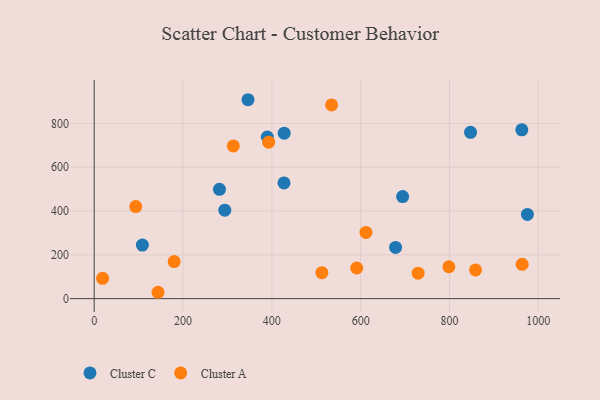
{"axis": {"x": "Speed", "y": "Yield"}, "legend": ["Cluster A", "Cluster C"], "data": [{"x": "427.4", "y": 528.1, "type": "Cluster C"}, {"x": "108.5", "y": 244.4, "type": "Cluster C"}, {"x": "847.5", "y": 759.4, "type": "Cluster C"}, {"x": "389.9", "y": 737.8, "type": "Cluster C"}, {"x": "346.4", "y": 908.0, "type": "Cluster C"}, {"x": "975.5", "y": 384.6, "type": "Cluster C"}, {"x": "282.1", "y": 499.1, "type": "Cluster C"}, {"x": "694.6", "y": 465.7, "type": "Cluster C"}, {"x": "294.1", "y": 403.9, "type": "Cluster C"}, {"x": "963.0", "y": 770.6, "type": "Cluster C"}, {"x": "427.8", "y": 755.4, "type": "Cluster C"}, {"x": "678.7", "y": 233.8, "type": "Cluster C"}, {"x": "313.3", "y": 696.9, "type": "Cluster A"}, {"x": "143.8", "y": 29.0, "type": "Cluster A"}, {"x": "612.0", "y": 302.0, "type": "Cluster A"}, {"x": "858.8", "y": 131.0, "type": "Cluster A"}, {"x": "19.0", "y": 92.7, "type": "Cluster A"}, {"x": "392.8", "y": 714.4, "type": "Cluster A"}, {"x": "534.6", "y": 884.2, "type": "Cluster A"}, {"x": "729.5", "y": 116.3, "type": "Cluster A"}, {"x": "512.7", "y": 118.6, "type": "Cluster A"}, {"x": "798.7", "y": 145.6, "type": "Cluster A"}, {"x": "963.8", "y": 156.4, "type": "Cluster A"}, {"x": "180.1", "y": 169.0, "type": "Cluster A"}, {"x": "93.6", "y": 420.0, "type": "Cluster A"}, {"x": "591.3", "y": 139.9, "type": "Cluster A"}]}